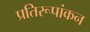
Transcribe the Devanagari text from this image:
प्रतिरूपांकन